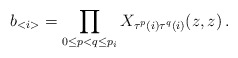
\begin{align*}b_{<i>}=\prod _{0\leq p<q\leq p_{i}}X_{\tau ^{p}(i)\tau ^{q}(i)}(z,z)\, .\end{align*}